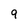
Character: 9